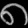
Digit: ၈